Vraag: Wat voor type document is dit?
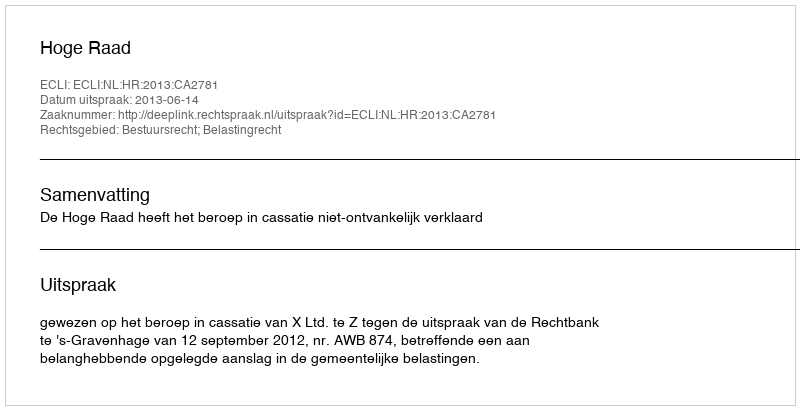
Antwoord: Uitspraak